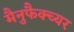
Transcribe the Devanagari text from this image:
मैनुफैक्च्यर